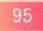
\(95\)